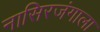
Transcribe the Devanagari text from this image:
नासिरजंगाला